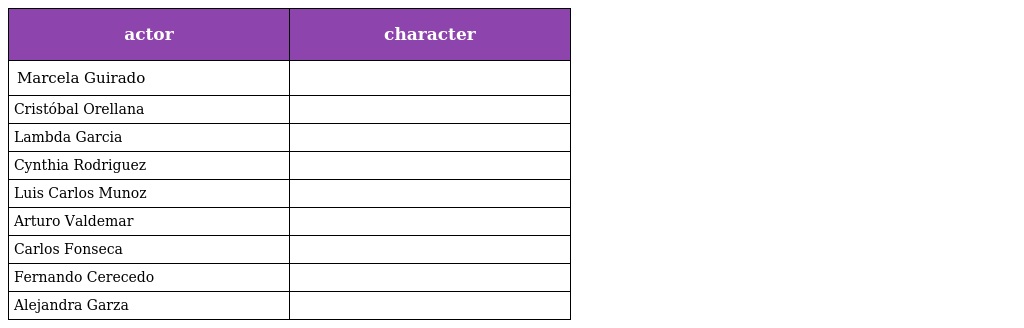
| actor | character |
 | --- | --- |
 | Marcela Guirado |  |
 | Cristóbal Orellana |  |
 | Lambda Garcia |  |
 | Cynthia Rodriguez |  |
 | Luis Carlos Munoz |  |
 | Arturo Valdemar |  |
 | Carlos Fonseca |  |
 | Fernando Cerecedo |  |
 | Alejandra Garza |  |